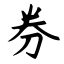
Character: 券